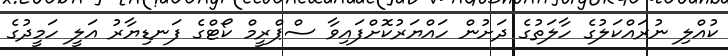
ކުއްލި ނުރައްކަލުގެ ހާލަތުގެ ދަށުން ހައްޔަރުކޮށްފައިވާ ސްޕްރީމް ކޯޓްގެ ފަނޑިޔާރު އަލީ ހަމީދުގެ